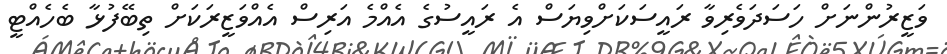
ވަޒީރުންނަށް ހަސަދަވެރިވާ ރައީސަކަށްވިޔަސް އެ ރައީސުގެ އެއްމެ އަރިސް އެއްވަޒީރަކަށް ތިބޭފުޅާ ބެހެއްޓީ